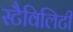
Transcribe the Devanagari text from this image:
स्टैविलिटी